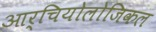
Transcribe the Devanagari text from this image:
आर्चियोलोजिकल